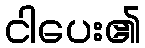
ငါပေး၏